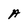
Character: A